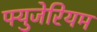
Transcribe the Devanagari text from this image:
फ्युजेरियम